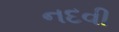
નદવી